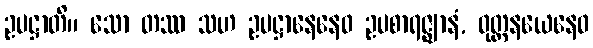
ဥပဋ္ဌာတိ။ သော တဿ သဟ ဥပဋ္ဌာနေနေဝ ဥပစာရဇ္ဈာနံ, ဝုတ္တနယေနေဝ